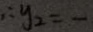
\therefore y _ { 2 } = -